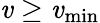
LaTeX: \mathit{v}\geq\mathit{v}_{\mathrm{{min}}}